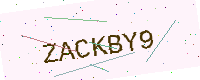
Text: ZACKBY9